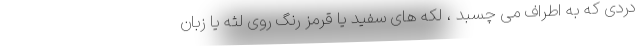
دردی که به اطراف می چسبد ، لکه های سفید یا قرمز رنگ روی لثه یا زبان